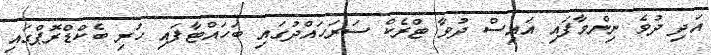
އަދި ދުވެ ނިންމާފައި އައިސް ދުވާ ޓްރެކް ސަރަހައްދުގައި ބަހައްޓާފައި ހުރި ބެކްޑްރޮޕްގައި